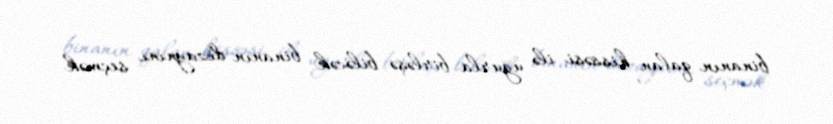
binanın qalan hissəsi ilə uğurla birləşə biləcək binanın dizaynını seçmək